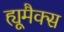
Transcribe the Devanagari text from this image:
ह्यूमैक्स